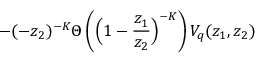
- ( - z _ { 2 } ) ^ { - K } \Theta \left( \Big ( 1 - \frac { z _ { 1 } } { z _ { 2 } } \Big ) ^ { - K } \right) V _ { q } ( z _ { 1 } , z _ { 2 } )